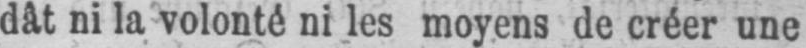
dât ni la volonté ni les moyens de créer une